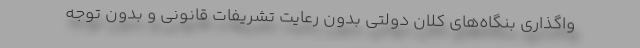
واگذاری بنگاه‌های کلان دولتی بدون رعایت تشریفات قانونی و بدون توجه